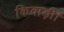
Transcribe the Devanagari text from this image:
किवाड़ी।